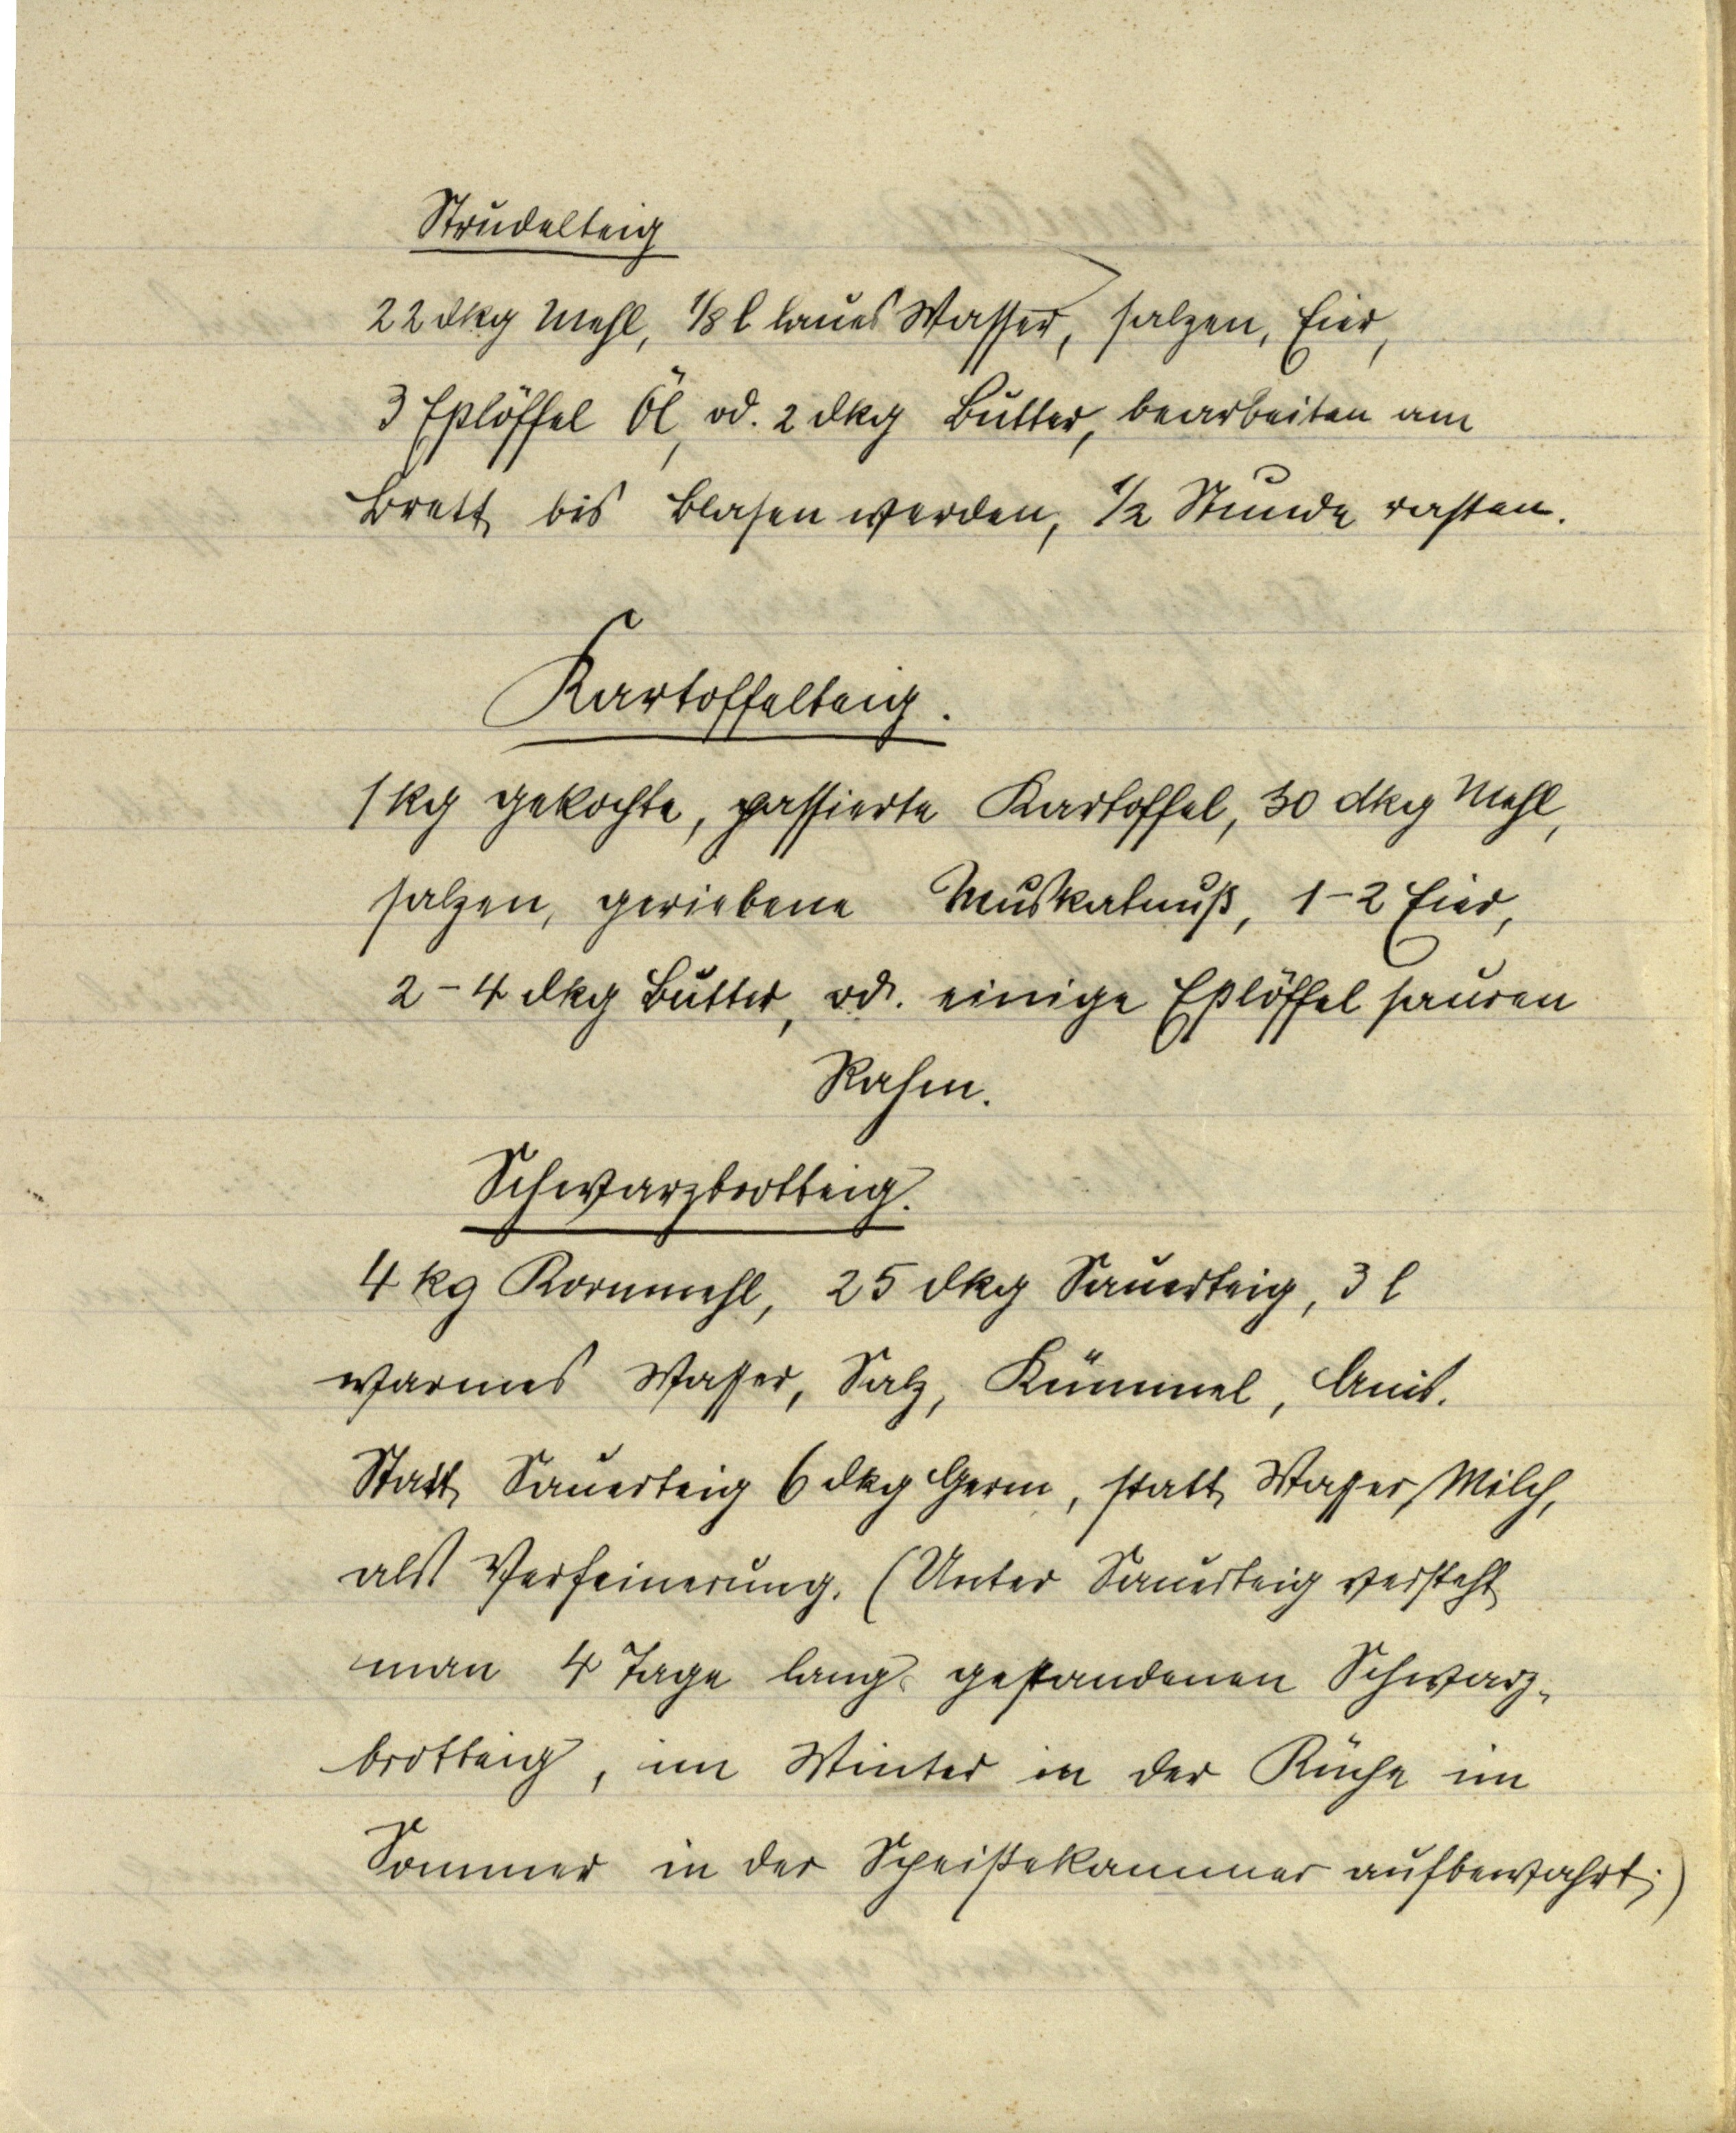
Strudelteig
22 dkg Mehl, ⅛l laues Wasser, salzen, Eier,
3 Eßlöffel Öl, od. 2 dkg Butter, bearbeiten am
Brett bis Blasen werden, ½ Stunde rasten.

Kartoffelteig.
1 kg gekochte, passierte Kartoffel, 30 dkg Mehl,
salzen, geriebene Muskatnuß, 1-2 Eier,
2-4 dkg Butter, od. einige Eßlöffel sauren
Rahm.

Schwarzbrotteig.
4 kg Kornmehl, 25 dkg Sauerteig, 3 l
warmes Wasser, Salz, Kümmel, Anis.
Statt Sauerteig 6 dkg Germ, statt Wasser Milch,
als Verfeinerung. (Unter Sauerteig versteht
man 4 Tage lang gestandenen Schwarz¬
brotteig, im Winter in der Küche im
Sommer in der Speisekammer aufbewahrt.)